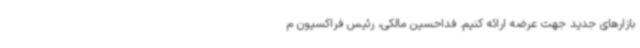
بازارهای جدید جهت عرضه ارائه کنیم. فداحسین مالکی، رئیس فراکسیون م